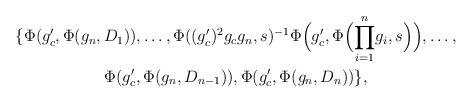
LaTeX: \begin{gather*}\{ \Phi(g'_c, \Phi (g_n, D_1)),\ldots ,\Phi( (g'_c)^2g_cg_n,s)^{-1}\Phi \Big( g'_c, \Phi\Big(\displaystyle{\prod_{i=1}^{n}} g_i , s\Big)\Big), \dots ,\\\Phi(g'_c, \Phi (g_n, D_{n-1})), \Phi(g'_c, \Phi (g_n, D_n)) \},\end{gather*}